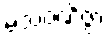
မံသဝဏိဇ္ဇာ